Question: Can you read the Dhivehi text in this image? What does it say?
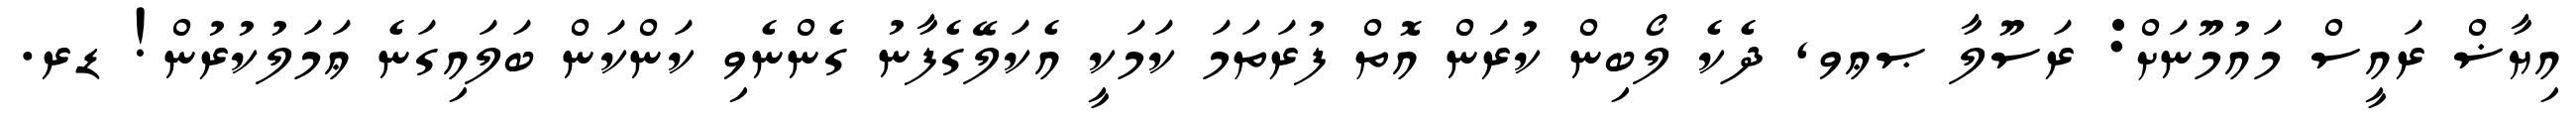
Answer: އިޔާޟް ރައީސް މައުމޫނަށް: ރަސޫލާ ޞޢވ, ދެކެ ލޯބިން ކުރަން އޮތް ފުރަތަމަ ކަމަކީ އެކަލޭގެފާނު ގެންނެވި ކަންކަން ބަލައިގަނެ ޢަމަލުކުރުން! ޑރ.